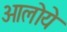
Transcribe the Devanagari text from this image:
ओलोये